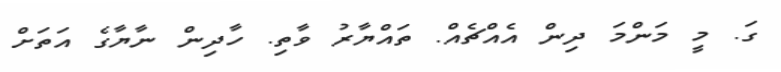
ގަ. މީ މަންމަ ދިން އެއްޗެއް. ތައްޔާރު ވާތި. ހާދިން ނާޔާގެ އަތަށް